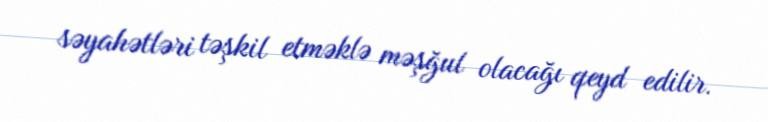
səyahətləri təşkil etməklə məşğul olacağı qeyd edilir.